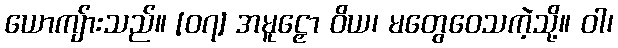
ယောကျ်ားသည်။ [၀၇] အမူဠှော ဝိယ၊ မတွေဝေသကဲ့သို့။ ဝါ၊